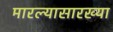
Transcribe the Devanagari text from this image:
मारल्यासारख्या